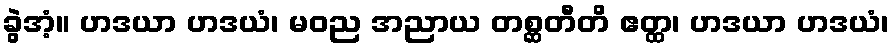
ခွဲအံ့။ ဟဒယာ ဟဒယံ၊ မဝည အညာယ တစ္ဆတီတိ ဧတ္ထ၊ ဟဒယာ ဟဒယံ၊